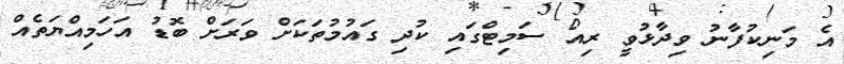
އެ މަނިކުފާނު ވިދާޅުވީ ރިއޯ ސަމިޓްގައި ކުދި ގައުމުތަކަށް ވަރަށް ބޮޑު އަހަމިއްޔަތެއް